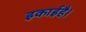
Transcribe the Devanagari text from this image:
इकाईहै।